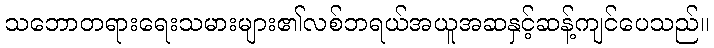
သဘောတရားရေးသမားများ၏လစ်ဘရယ်အယူအဆနှင့်ဆန့်ကျင်ပေသည်။